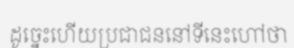
ដូច្នេះហើយប្រជាជននៅទីនេះហៅថា